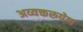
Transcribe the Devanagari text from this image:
अव्यक्तरूपेण